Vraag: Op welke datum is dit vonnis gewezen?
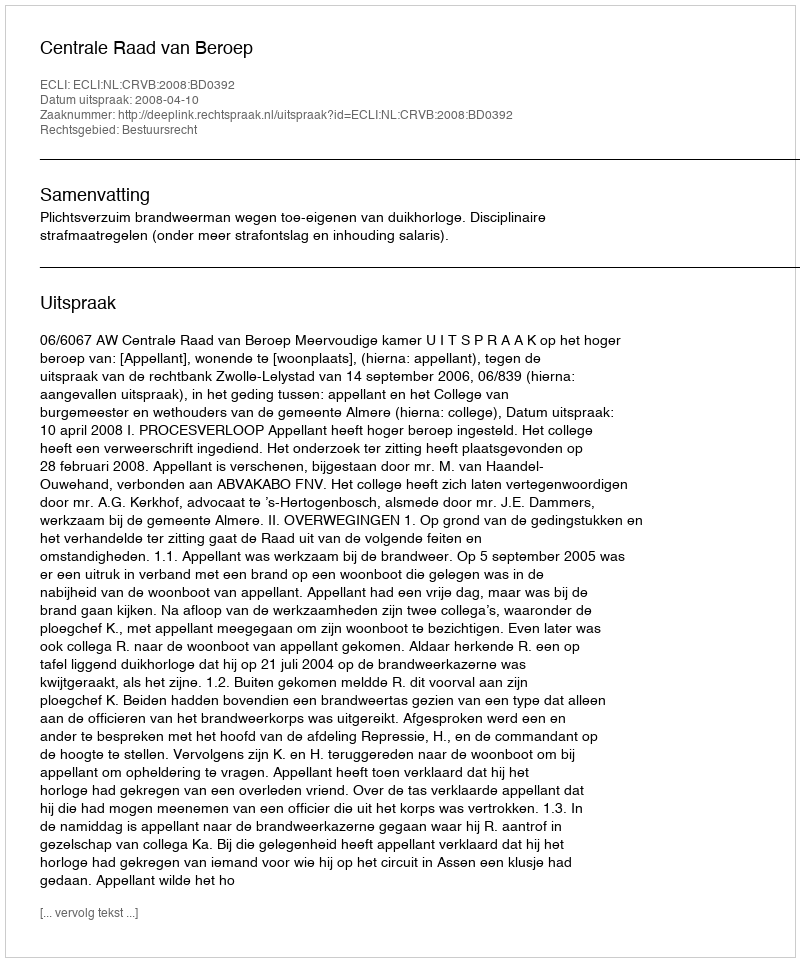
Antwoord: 2008-04-10